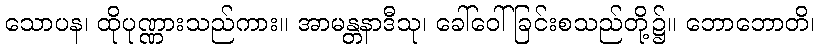
သောပန၊ ထိုပုဏ္ဏားသည်ကား။ အာမန္တနာဒီသု၊ ခေါ်ဝေါ်ခြင်းစသည်တို့၌။ ဘောဘောတိ၊